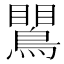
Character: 𪄙